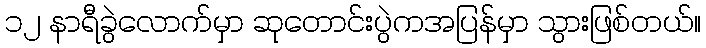
၁၂ နာရီခွဲလောက်မှာ ဆုတောင်းပွဲကအပြန်မှာ သွားဖြစ်တယ်။